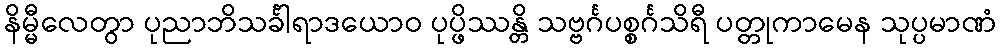
နိမ္မီလေတွာ ပုညာဘိသင်္ခါရာဒယောဝ ပုပ္ဖိဿန္တိ သဗ္ဗင်္ဂပစ္စင်္ဂသိရီ ပတ္တုကာမေန သုပ္ပမာဏံ